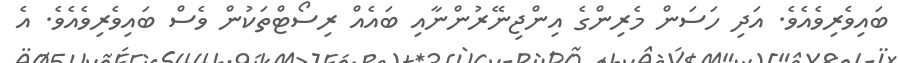
ބައިވެރިވެއެވެ. އަދި ހަސަން މެރިންގެ އިންޖިނޭރުންނާއި ބައެއް ރިސޯޓްތަކުން ވެސް ބައިވެރިވެއެވެ. އެ